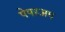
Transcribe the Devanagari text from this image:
पेपरअप